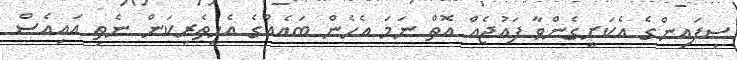
ސިފައިންގެ އެކަށީގެންވާ ފައުޖެއް އޮތް ނަމަ އެހެން ބައެއްގެ އެހީތެރިކަން ނެތި އައިއެސް